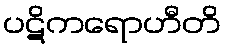
ပဋိကရောဟီတိ